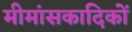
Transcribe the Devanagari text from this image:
मीमांसकादिकों